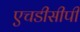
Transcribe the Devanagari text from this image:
एचडीसीपी